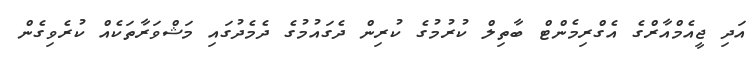
އަދި ޖީއެމްއާރްގެ އެގްރިމެންޓް ބާތިލް ކުރުމުގެ ކުރިން ދެގައުމުގެ ދެމެދުގައި މަޝްވަރާތަކެއް ކުރެވިގެން